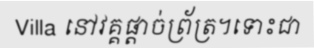
Villa នៅវគ្គផ្តាច់ព្រ័ត្រ។ទោះជា